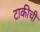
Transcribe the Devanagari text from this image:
टाकीची